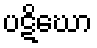
ပဋိဃော